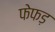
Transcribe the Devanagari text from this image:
फेफड़